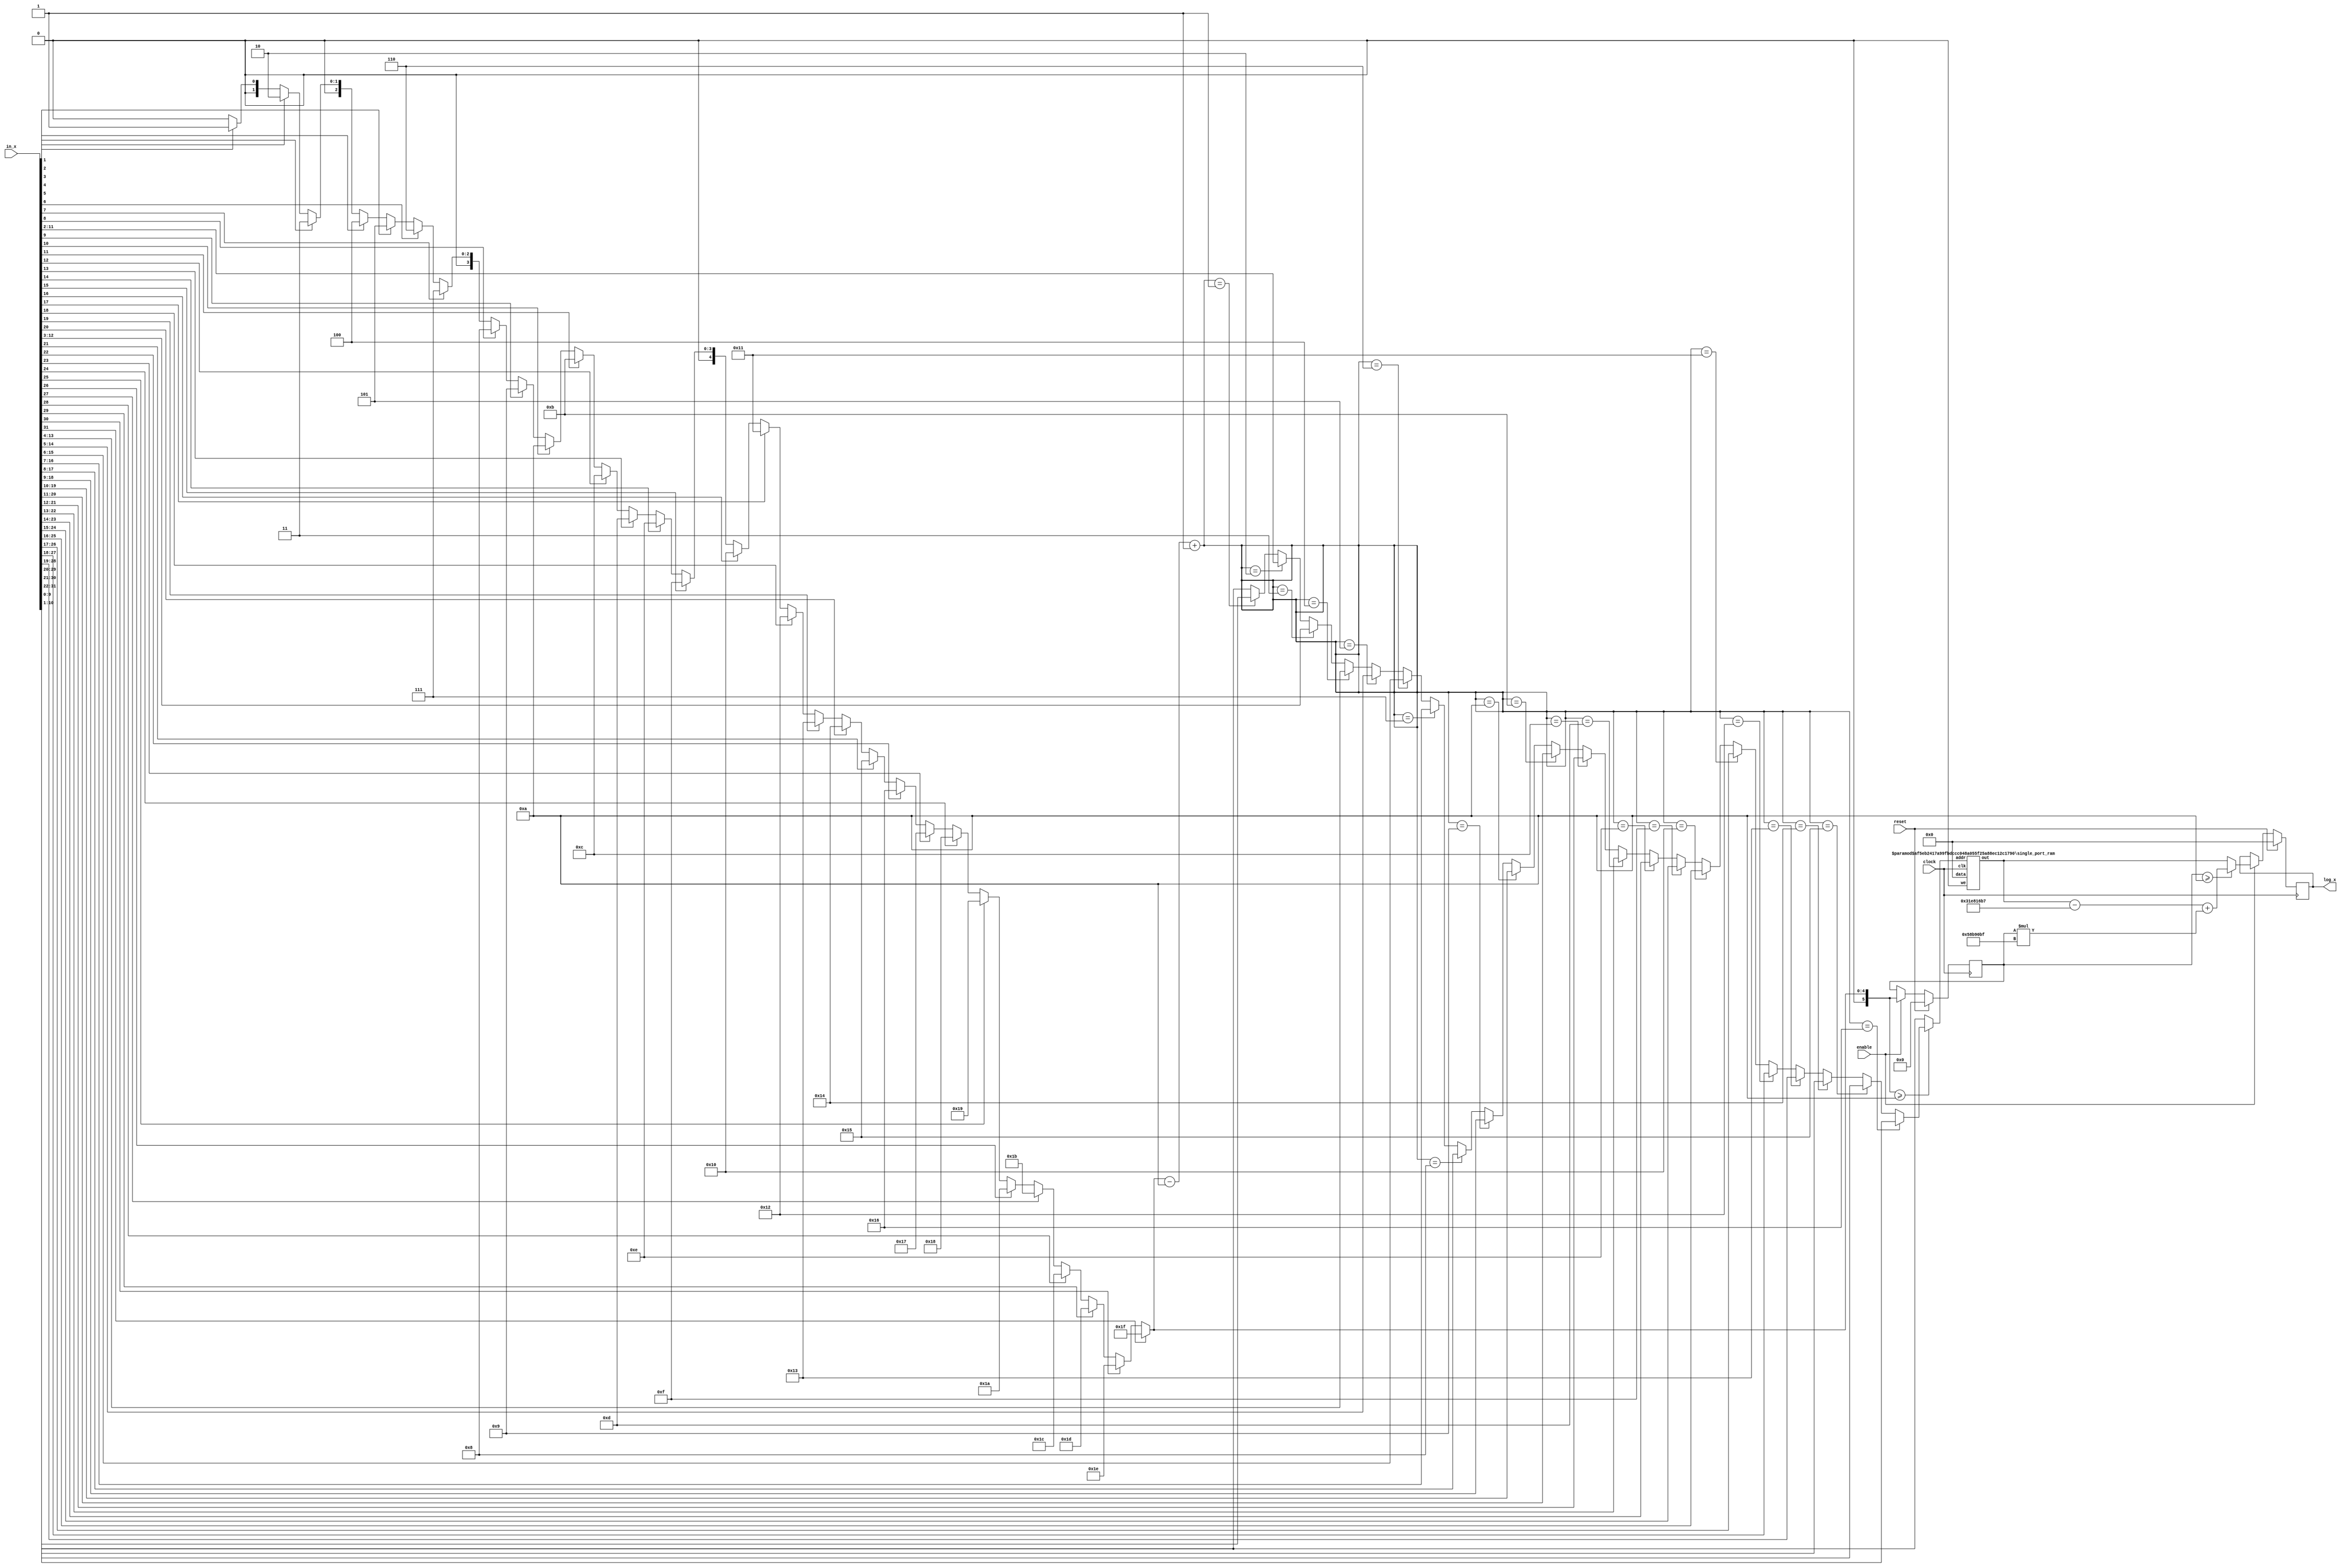
`define TRIG_WIDTH 5'b01010 //10;
`define PIPELINE_DEPTH_UPPER_LIMIT 10'b0100000000 //256;
`define ABSORB_ADDR_WIDTH 6'b010000 //16;
`define ABSORB_WORD_WIDTH 7'b01000000 //64;
`define WSCALE 22'b0111010100101111111111 //1919999;
//`define BIT_WIDTH 7'b0100000
//`define LAYER_WIDTH 6'b000011 
`define LEFTSHIFT 6'b000011         // 2^3=8=1/0.125 where 0.125 = CHANCE of roulette
`define INTCHANCE 32'b00100000000000000000000000000000 //Based on 32 bit rand num generator
`define MIN_WEIGHT 9'b011001000 
`define BIT_WIDTH 7'b0100000
`define LAYER_WIDTH 6'b000011
`define INTMAX 32'b01111111111111111111111111111111
`define INTMIN 32'b10000000000000000000000000000000
`define DIVIDER_LATENCY 6'b011110
`define FINAL_LATENCY 6'b011100
`define MULT_LATENCY 1'b1
`define ASPECT_RATIO 6'b000111
`define TOTAL_LATENCY 7'b0111100
//`define BIT_WIDTH 6'b100000
//`define LAYER_WIDTH 6'b000011
`define LOGSCALEFACTOR 6'b000101
`define MAXLOG 32'b10110001011100100001011111110111		//Based on 32 bit unsigned rand num generator
`define CONST_MOVE_AMOUNT 15'b110000110101000  //Used for testing purposes only
`define MUTMAX_BITS 6'b001111
//`define BIT_WIDTH 6'b100000
//`define LAYER_WIDTH 6'b000011
//`define INTMAX 32'b01111111111111111111111111111111
//`define INTMIN 32'b10000000000000000000000000000000
//`define BIT_WIDTH 7'b0100000
`define MANTISSA_PRECISION 6'b001010
`define LOG2_BIT_WIDTH 6'b000110
`define LOG2 28'b0101100010111001000010111111
`define NR 10'b0100000000             
`define NZ 10'b0100000000              
`define NR_EXP 5'b01000              //meaning `NR=2^`NR_exp or 2^8=256
`define RGRID_SCLAE_EXP 6'b010101    //2^21 = RGRID_SCALE
`define ZGRID_SCLAE_EXP 6'b010101    //2^21 = ZGRID_SCALE
//`define BIT_WIDTH 7'b0100000
`define BIT_WIDTH_2 8'b01000000
`define WORD_WIDTH 8'b01000000
`define ADDR_WIDTH 6'b010000          //256x256=2^8*2^8=2^16
`define DIV 6'b010100//20;
`define SQRT 5'b01010 //10;
`define LAT 7'b0100101 //DIV + SQRT + 7;
`define INTMAX_2 {32'h3FFFFFFF,32'h00000001}
//`define INTMAX 32'b01111111111111111111111111111111//2147483647;
//`define INTMIN 32'b10000000000000000000000000000001//-2147483647;
`define INTMAXMinus3 32'b01111111111111111111111111111100//2147483644;
`define negINTMAXPlus3 32'b10000000000000000000000000000100//-2147483644;
`define INTMAX_2_ref {32'h3FFFFFFF,32'hFFFFFFFF}
`define SIMULATION_MEMORY

module LogCalc(clock, reset, enable, in_x, log_x);

//parameter BIT_WIDTH=32;
//parameter MANTISSA_PRECISION=10;
//parameter LOG2_BIT_WIDTH = 6;
//parameter LOG2=93032639;

input clock;
input reset;
input enable;
input [`BIT_WIDTH - 1:0] in_x;
output [`BIT_WIDTH - 1:0] log_x;


wire [`BIT_WIDTH - 1:0] mantissa;

reg [`BIT_WIDTH - 1:0] c_mantissa_val;

// deleted unsigned in these
reg [`BIT_WIDTH - 1:0] c_log_x;
reg [`LOG2_BIT_WIDTH - 1:0] c_indexFirstOne;
reg [`BIT_WIDTH - 1:0] c_temp_shift_x;
reg [`MANTISSA_PRECISION - 1:0] c_shifted_x;

reg [`LOG2_BIT_WIDTH - 1:0] r_indexFirstOne;
reg [`BIT_WIDTH - 1:0] log_x;

//Log_mantissa u1(c_shifted_x, clock, mantissa);
wire [31:0]blank;
assign blank = 32'b000000000000000000000000000000;

defparam sram_replace0.ADDR_WIDTH = `MANTISSA_PRECISION;
defparam sram_replace0.DATA_WIDTH = 32;
single_port_ram sram_replace0 (.clk (clock), .addr (c_shifted_x), .data (blank), .we (1'b0), .out (mantissa));

// priority encoder
//integer i;
//always @*
//begin
//	c_indexFirstOne = 6'b0; 
//	for(i = 0; i < `BIT_WIDTH; i = i + 1)
//	begin
//		if(in_x[i])
//			c_indexFirstOne = i;
//	end
//end

// Priority encoder, loop expanded
always @(in_x)
begin
	if (in_x[31]) begin
	c_indexFirstOne = 6'b011111;
	end
	else if (in_x[30]) begin
	c_indexFirstOne = 6'b011110;
	end
	else if (in_x[29]) begin
	c_indexFirstOne = 6'b011101;
	end
	else if (in_x[28]) begin
	c_indexFirstOne = 6'b011100;
	end
	else if (in_x[27]) begin
	c_indexFirstOne = 6'b011011;
	end
	else if (in_x[26]) begin
	c_indexFirstOne = 6'b011010;
	end
	else if (in_x[25]) begin
	c_indexFirstOne = 6'b011001;
	end
	else if (in_x[24]) begin
	c_indexFirstOne = 6'b011000;
	end
	else if (in_x[23]) begin
	c_indexFirstOne = 6'b010111;
	end
	else if (in_x[22]) begin
	c_indexFirstOne = 6'b010110;
	end
	else if (in_x[21]) begin
	c_indexFirstOne = 6'b010101;
	end
	else if (in_x[20]) begin
	c_indexFirstOne = 6'b010100;
	end
	else if (in_x[19]) begin
	c_indexFirstOne = 6'b010011;
	end
	else if (in_x[18]) begin
	c_indexFirstOne = 6'b010010;
	end
	else if (in_x[17]) begin
	c_indexFirstOne = 6'b010001;
	end
	else if (in_x[16]) begin
	c_indexFirstOne = 6'b010000;
	end
	else if (in_x[15]) begin
	c_indexFirstOne = 6'b001111;
	end
	else if (in_x[14]) begin
	c_indexFirstOne = 6'b001110;
	end
	else if (in_x[13]) begin
	c_indexFirstOne = 6'b001101;
	end
	else if (in_x[12]) begin
	c_indexFirstOne = 6'b001100;
	end
	else if (in_x[11]) begin
	c_indexFirstOne = 6'b001011;
	end
	else if (in_x[10]) begin
	c_indexFirstOne = 6'b001010;
	end
	else if (in_x[9]) begin
	c_indexFirstOne = 6'b001001;
	end
	else if (in_x[8]) begin
	c_indexFirstOne = 6'b001000;
	end
	else if (in_x[7]) begin
	c_indexFirstOne = 6'b000111;
	end
	else if (in_x[6]) begin
	c_indexFirstOne = 6'b000110;
	end
	else if (in_x[5]) begin
	c_indexFirstOne = 6'b000101;
	end
	else if (in_x[4]) begin
	c_indexFirstOne = 6'b000100;
	end
	else if (in_x[3]) begin
	c_indexFirstOne = 6'b000011;
	end
	else if (in_x[2]) begin
	c_indexFirstOne = 6'b000010;
	end
	else if (in_x[1]) begin
	c_indexFirstOne = 6'b000001;
	end
	else if (in_x[0]) begin
	c_indexFirstOne = 6'b000000;
	end
	else begin
	c_indexFirstOne = 6'b000000;
	end
end
	
// shift operation based on priority encoder results

//Need constant shift
wire [5:0]shifted;
assign shifted = c_indexFirstOne - `MANTISSA_PRECISION + 1;

always@(c_indexFirstOne or in_x or shifted)
begin
//	c_temp_shift_x = in_x >> (c_indexFirstOne - `MANTISSA_PRECISION + 1);
	if(c_indexFirstOne >= `MANTISSA_PRECISION)
	begin
		if(shifted == 22) begin
			c_temp_shift_x = in_x >> 22;
		end
		else if(shifted == 21) begin
			c_temp_shift_x = in_x >> 21;
		end
		else if(shifted == 20) begin
			c_temp_shift_x = in_x >> 20;
		end
		else if(shifted == 19) begin
			c_temp_shift_x = in_x >> 19;
		end
		else if(shifted == 18) begin
			c_temp_shift_x = in_x >> 18;
		end
		else if(shifted == 17) begin
			c_temp_shift_x = in_x >> 17;
		end
		else if(shifted == 16) begin
			c_temp_shift_x = in_x >> 16;
		end
		else if(shifted == 15) begin
			c_temp_shift_x = in_x >> 15;
		end
		else if(shifted == 14) begin
			c_temp_shift_x = in_x >> 14;
		end
		else if(shifted == 13) begin
			c_temp_shift_x = in_x >> 13;
		end
		else if(shifted == 12) begin
			c_temp_shift_x = in_x >> 12;
		end
		else if(shifted == 11) begin
			c_temp_shift_x = in_x >> 11;
		end
		else if(shifted == 10) begin
			c_temp_shift_x = in_x >> 10;
		end
		else if(shifted == 9) begin
			c_temp_shift_x = in_x >> 9;
		end
		else if(shifted == 8) begin
			c_temp_shift_x = in_x >> 8;
		end
		else if(shifted == 7) begin
			c_temp_shift_x = in_x >> 7;
		end
		else if(shifted == 6) begin
			c_temp_shift_x = in_x >> 6;
		end
		else if(shifted == 5) begin
			c_temp_shift_x = in_x >> 5;
		end
		else if(shifted == 4) begin
			c_temp_shift_x = in_x >> 4;
		end
		else if(shifted == 3) begin
			c_temp_shift_x = in_x >> 3;
		end
		else if(shifted == 2) begin
			c_temp_shift_x = in_x >> 2;
		end
		else if(shifted == 1) begin
			c_temp_shift_x = in_x >> 1;
		end
		else begin
			c_temp_shift_x = in_x >> 0;
		end
		//Store needed bits of shifted value
		c_shifted_x = c_temp_shift_x[`MANTISSA_PRECISION - 1:0];
	end
	else begin
		c_shifted_x = in_x[`MANTISSA_PRECISION - 1:0];
		c_temp_shift_x = 32'b0;
	end
end

// calculate log
always@(r_indexFirstOne or mantissa)
begin
	if(r_indexFirstOne >= `MANTISSA_PRECISION)
	begin
		c_log_x =  mantissa - ((`MANTISSA_PRECISION - 1) * `LOG2) + (r_indexFirstOne * `LOG2);
	end
	else
	begin
		c_log_x = mantissa;
	end
end

// latch values
always @(posedge clock)
begin
	if(reset)
		begin
			log_x <= 0;
			r_indexFirstOne <= 0;
		end
	else
		begin
			if(enable)
			begin
				r_indexFirstOne <= c_indexFirstOne;
				log_x <= c_log_x;
			end
		end
end 

endmodule

module single_port_ram(
clk,
addr,
data,
we,
out
);

parameter DATA_WIDTH = 256;
parameter ADDR_WIDTH = 10;
input clk;
input [ADDR_WIDTH-1:0] addr;
input [DATA_WIDTH-1:0] data;
input we;
output reg [DATA_WIDTH-1:0] out;

reg [DATA_WIDTH-1:0] ram[ADDR_WIDTH-1:0];

always @(posedge clk) begin
  if (we) begin
    ram[addr] <= data;
  end
  else begin
    out <= ram[addr];
  end
end

endmodule